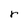
Character: r